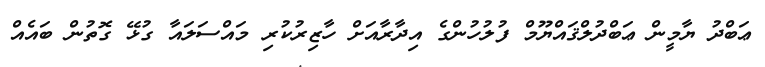
ޢަބްދު ޔާމީން ޢަބްދުލްޤައްޔޫމް ފުލުހުންގެ އިދާރާއަށް ހާޒިރުކުރި މައްސަލައާ ގުޅޭ ގޮތުން ބައެއް